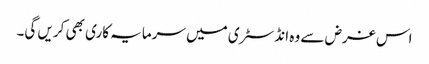
اس غرض سے وہ انڈسٹری میں سرمایہ کاری بھی کریں گی۔